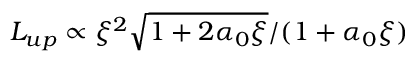
L _ { u p } \propto \xi ^ { 2 } \sqrt { 1 + 2 \alpha _ { 0 } \xi } / ( 1 + \alpha _ { 0 } \xi )